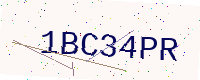
Text: 1BC34PR